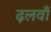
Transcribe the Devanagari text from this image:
ढ़लवाँ